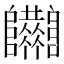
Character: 𨽴